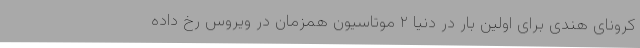
کرونای هندی برای اولین بار در دنیا ۲ موتاسیون همزمان در ویروس رخ داده